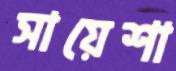
সায়েশা